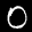
Label: 0